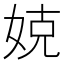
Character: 娔